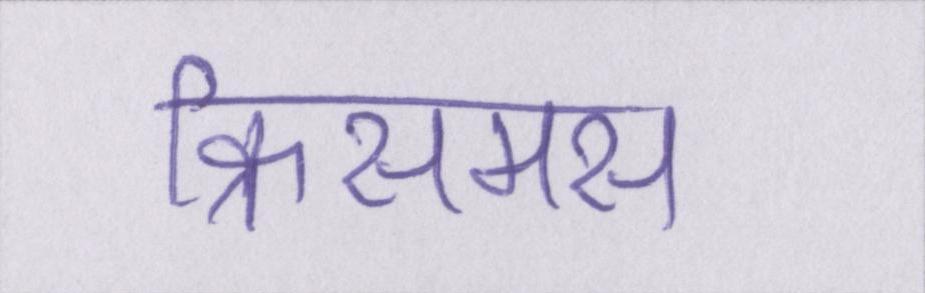
क्रिसमस